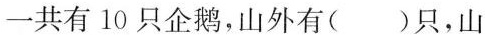
一共有10只企鹅，山外有( )只，山